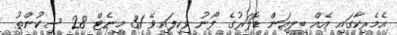
އެމެރިކާގައި އެއް ބިލިއަން ޑޮލަރުގެ ފޯނު ވިކިފައިވޭ 31 މިނެޓް 28 ސިކުންތު